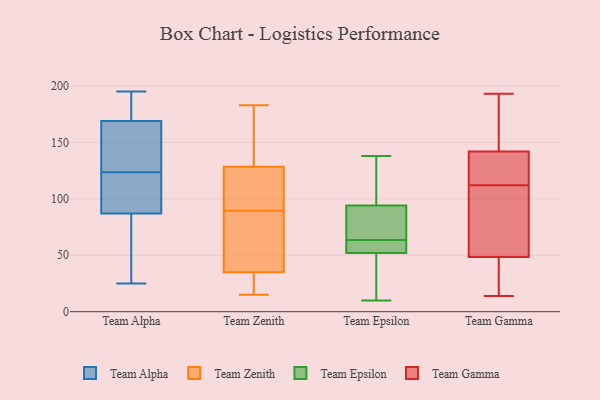
{"axis": {"x": "Headcount", "y": "Value"}, "legend": ["Team Alpha", "Team Epsilon", "Team Gamma", "Team Zenith"], "data": [{"x": "", "y": 98, "type": "Team Alpha"}, {"x": "", "y": 106, "type": "Team Alpha"}, {"x": "", "y": 161, "type": "Team Alpha"}, {"x": "", "y": 57, "type": "Team Alpha"}, {"x": "", "y": 156, "type": "Team Alpha"}, {"x": "", "y": 76, "type": "Team Alpha"}, {"x": "", "y": 191, "type": "Team Alpha"}, {"x": "", "y": 118, "type": "Team Alpha"}, {"x": "", "y": 108, "type": "Team Alpha"}, {"x": "", "y": 25, "type": "Team Alpha"}, {"x": "", "y": 43, "type": "Team Alpha"}, {"x": "", "y": 187, "type": "Team Alpha"}, {"x": "", "y": 195, "type": "Team Alpha"}, {"x": "", "y": 129, "type": "Team Alpha"}, {"x": "", "y": 182, "type": "Team Alpha"}, {"x": "", "y": 177, "type": "Team Alpha"}, {"x": "", "y": 149, "type": "Team Alpha"}, {"x": "", "y": 50, "type": "Team Alpha"}, {"x": "", "y": 118, "type": "Team Alpha"}, {"x": "", "y": 140, "type": "Team Alpha"}, {"x": "", "y": 15, "type": "Team Zenith"}, {"x": "", "y": 83, "type": "Team Zenith"}, {"x": "", "y": 144, "type": "Team Zenith"}, {"x": "", "y": 84, "type": "Team Zenith"}, {"x": "", "y": 24, "type": "Team Zenith"}, {"x": "", "y": 126, "type": "Team Zenith"}, {"x": "", "y": 20, "type": "Team Zenith"}, {"x": "", "y": 93, "type": "Team Zenith"}, {"x": "", "y": 114, "type": "Team Zenith"}, {"x": "", "y": 125, "type": "Team Zenith"}, {"x": "", "y": 165, "type": "Team Zenith"}, {"x": "", "y": 86, "type": "Team Zenith"}, {"x": "", "y": 145, "type": "Team Zenith"}, {"x": "", "y": 44, "type": "Team Zenith"}, {"x": "", "y": 127, "type": "Team Zenith"}, {"x": "", "y": 183, "type": "Team Zenith"}, {"x": "", "y": 26, "type": "Team Zenith"}, {"x": "", "y": 73, "type": "Team Zenith"}, {"x": "", "y": 18, "type": "Team Zenith"}, {"x": "", "y": 130, "type": "Team Zenith"}, {"x": "", "y": 94, "type": "Team Epsilon"}, {"x": "", "y": 60, "type": "Team Epsilon"}, {"x": "", "y": 60, "type": "Team Epsilon"}, {"x": "", "y": 67, "type": "Team Epsilon"}, {"x": "", "y": 52, "type": "Team Epsilon"}, {"x": "", "y": 102, "type": "Team Epsilon"}, {"x": "", "y": 95, "type": "Team Epsilon"}, {"x": "", "y": 10, "type": "Team Epsilon"}, {"x": "", "y": 13, "type": "Team Epsilon"}, {"x": "", "y": 38, "type": "Team Epsilon"}, {"x": "", "y": 91, "type": "Team Epsilon"}, {"x": "", "y": 60, "type": "Team Epsilon"}, {"x": "", "y": 138, "type": "Team Epsilon"}, {"x": "", "y": 81, "type": "Team Epsilon"}, {"x": "", "y": 15, "type": "Team Gamma"}, {"x": "", "y": 121, "type": "Team Gamma"}, {"x": "", "y": 14, "type": "Team Gamma"}, {"x": "", "y": 44, "type": "Team Gamma"}, {"x": "", "y": 135, "type": "Team Gamma"}, {"x": "", "y": 193, "type": "Team Gamma"}, {"x": "", "y": 192, "type": "Team Gamma"}, {"x": "", "y": 55, "type": "Team Gamma"}, {"x": "", "y": 117, "type": "Team Gamma"}, {"x": "", "y": 68, "type": "Team Gamma"}, {"x": "", "y": 148, "type": "Team Gamma"}, {"x": "", "y": 107, "type": "Team Gamma"}, {"x": "", "y": 181, "type": "Team Gamma"}, {"x": "", "y": 33, "type": "Team Gamma"}, {"x": "", "y": 53, "type": "Team Gamma"}, {"x": "", "y": 25, "type": "Team Gamma"}, {"x": "", "y": 97, "type": "Team Gamma"}, {"x": "", "y": 143, "type": "Team Gamma"}, {"x": "", "y": 141, "type": "Team Gamma"}, {"x": "", "y": 130, "type": "Team Gamma"}]}